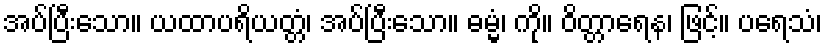
အပ်ပြီးသော။ ယထာပရိယတ္တံ၊ အပ်ပြီးသော။ ဓမ္မံ၊ ကို။ ဝိတ္တာရေန၊ ဖြင့်။ ပရေသံ၊